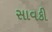
સાવકી